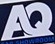
AQ